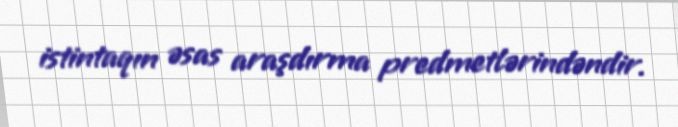
istintaqın əsas araşdırma predmetlərindəndir.